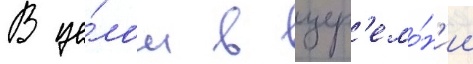
В це́лом в цер'емо́н'ии